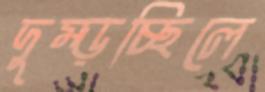
দুম্‌ড়চ্ছিলে